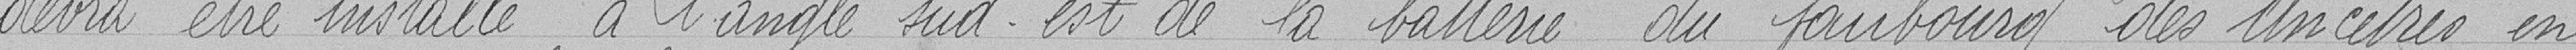
devra être installé à l'angle sud-est de la batterie du faubourg des ancêtres en